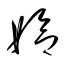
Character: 姶